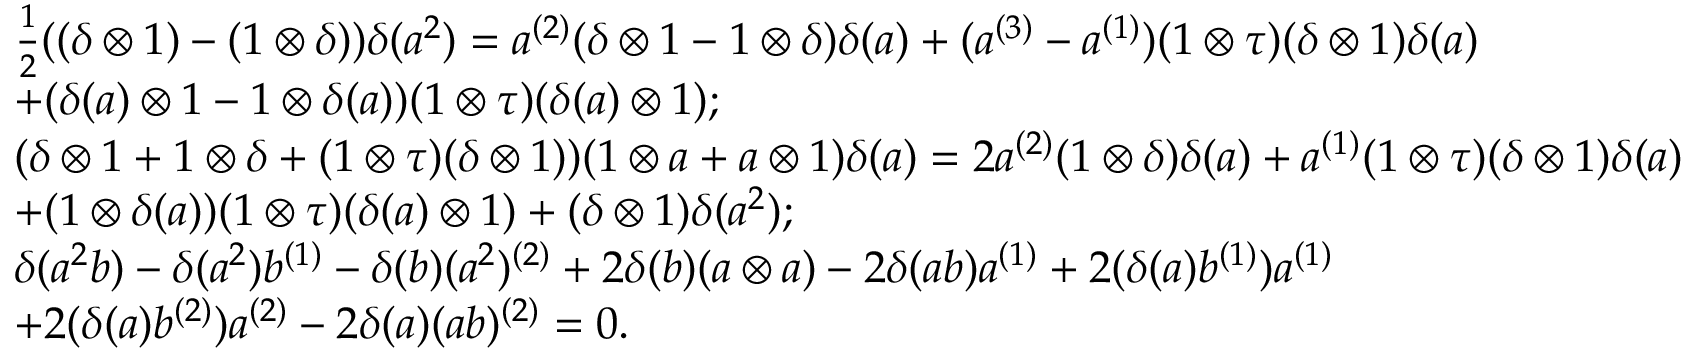
\begin{array} { r l } & { \frac { 1 } { 2 } ( ( \delta \otimes 1 ) - ( 1 \otimes \delta ) ) \delta ( a ^ { 2 } ) = a ^ { ( 2 ) } ( \delta \otimes 1 - 1 \otimes \delta ) \delta ( a ) + ( a ^ { ( 3 ) } - a ^ { ( 1 ) } ) ( 1 \otimes \tau ) ( \delta \otimes 1 ) \delta ( a ) } \\ & { + ( \delta ( a ) \otimes 1 - 1 \otimes \delta ( a ) ) ( 1 \otimes \tau ) ( \delta ( a ) \otimes 1 ) ; } \\ & { ( \delta \otimes 1 + 1 \otimes \delta + ( 1 \otimes \tau ) ( \delta \otimes 1 ) ) ( 1 \otimes a + a \otimes 1 ) \delta ( a ) = 2 a ^ { ( 2 ) } ( 1 \otimes \delta ) \delta ( a ) + a ^ { ( 1 ) } ( 1 \otimes \tau ) ( \delta \otimes 1 ) \delta ( a ) } \\ & { + ( 1 \otimes \delta ( a ) ) ( 1 \otimes \tau ) ( \delta ( a ) \otimes 1 ) + ( \delta \otimes 1 ) \delta ( a ^ { 2 } ) ; } \\ & { \delta ( a ^ { 2 } b ) - \delta ( a ^ { 2 } ) b ^ { ( 1 ) } - \delta ( b ) ( a ^ { 2 } ) ^ { ( 2 ) } + 2 \delta ( b ) ( a \otimes a ) - 2 \delta ( a b ) a ^ { ( 1 ) } + 2 ( \delta ( a ) b ^ { ( 1 ) } ) a ^ { ( 1 ) } } \\ & { + 2 ( \delta ( a ) b ^ { ( 2 ) } ) a ^ { ( 2 ) } - 2 \delta ( a ) ( a b ) ^ { ( 2 ) } = 0 . } \end{array}